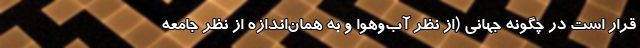
قرار است در چگونه جهانی (از نظر آب‌وهوا و به همان‌اندازه از نظر جامعه